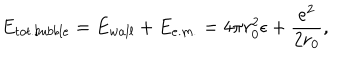
LaTeX: E _ { t o t . b u b b l e } = E _ { w a l l } + E _ { e . m . } = 4 \pi r _ { 0 } ^ { 2 } \epsilon + \frac { e ^ { 2 } } { 2 r _ { 0 } } ,